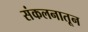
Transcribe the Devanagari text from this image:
संकलनातून